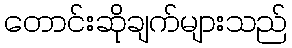
တောင်းဆိုချက်များသည်